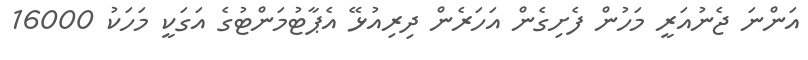
އަންނަ ޖެނުއަރީ މަހުން ފެށިގެން އަހަރެން ދިރިއުޅޭ އެޕާޓުމަންޓުގެ އަގަކީ މަހަކު 16000